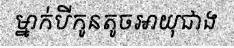
ម្នាក់បីកូនតូចអាយុជាង